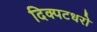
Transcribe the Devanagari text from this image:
दिक्पटधरो